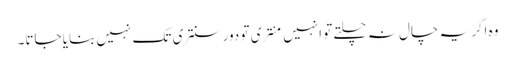
وہ اگر یہ چال نہ چلتے تو انہیں منتری تو دور سنتری تک نہیں بنایا جاتا۔